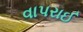
વાપરાઈ